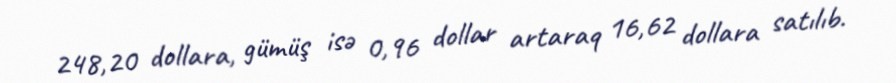
248,20 dollara, gümüş isə 0,96 dollar artaraq 16,62 dollara satılıb.